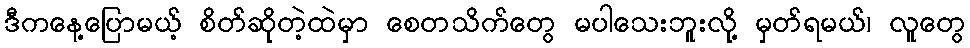
ဒီကနေ့ပြောမယ့် စိတ်ဆိုတဲ့ထဲမှာ စေတသိက်တွေ မပါသေးဘူးလို့ မှတ်ရမယ်၊ လူတွေ